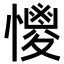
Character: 𢣌